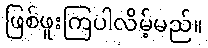
ဖြစ်ဖူးကြပါလိမ့်မည်။